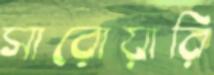
সারোয়ারি